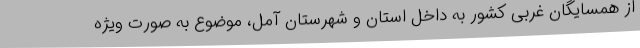
از همسایگان غربی کشور به داخل استان و شهرستان آمل، موضوع به صورت ویژه